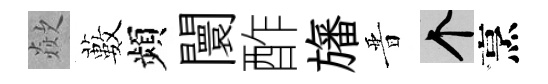
歘藪頻闤酢旛晋个烹